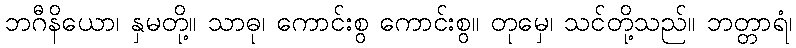
ဘဂီနိယော၊ နှမတို့။ သာဓု၊ ကောင်းစွ ကောင်းစွ။ တုမှေ၊ သင်တို့သည်။ ဘတ္တာရံ၊